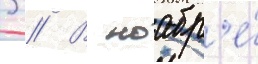
3 // В ноабр'е́